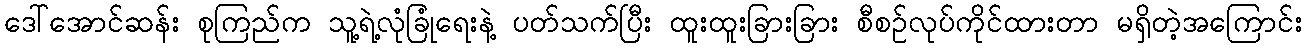
ဒေါ်အောင်ဆန်း စုကြည်က သူ့ရဲ့လုံခြုံရေးနဲ့ ပတ်သက်ပြီး ထူးထူးခြားခြား စီစဉ်လုပ်ကိုင်ထားတာ မရှိတဲ့အကြောင်း